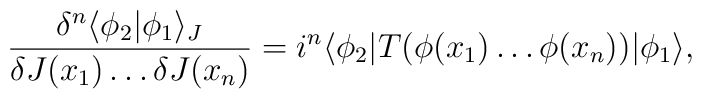
\frac{\delta^n\langle\phi_2|\phi_1\rangle_J}{\delta J(x_1)\ldots \delta J(x_n)}= i^n \langle \phi_2|T(\phi(x_1)\ldots\phi(x_n)) |\phi_1 \rangle,